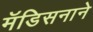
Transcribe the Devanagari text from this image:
मॅडिसनाने